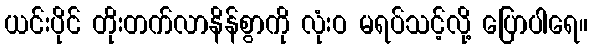
ယင်းပိုင် တိုးတက်လာနိန်စွာကို လုံးဝ မရပ်သင့်လို့ ပြောပါရေ။